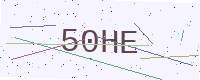
Text: 50HE